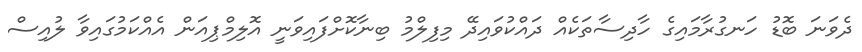
ދެވަނަ ބޮޑު ހަނގުރާމައިގެ ހާދިސާތަކެއް ދައްކުވައިދޭ މިފިލްމު ބިނާކޮށްފައިވަނީ އޮލިމްޕިއަން އެއްކަމުގައިވާ ލުއިސް